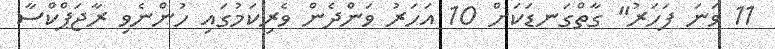
11 ވަނަ ފަހަރު" ގާތްގަނޑަކަށް 10 އަހަރު ވަންދެން ވެރިކަމުގައި ހުންނެވި ރާޖަޕްކްސާ